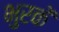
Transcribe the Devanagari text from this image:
भुरकें